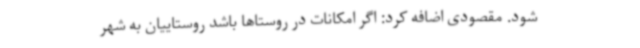
شود. مقصودی اضافه کرد: اگر امکانات در روستاها باشد روستاییان به شهر